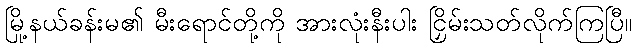
မြို့နယ်ခန်းမ၏ မီးရောင်တို့ကို အားလုံးနီးပါး ငြှိမ်းသတ်လိုက်ကြပြီ။